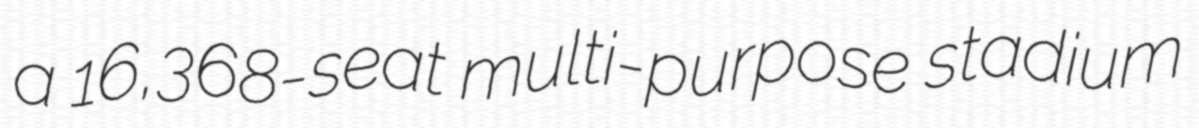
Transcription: a 16,368-seat multi-purpose stadium